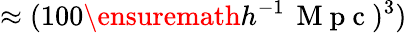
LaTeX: \approx(100\ensuremath{h^{-1}}\, \mathrm{~M~p~c~})^{3})